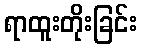
ရာထူးတိုးခြင်း